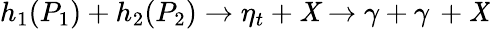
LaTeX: h_{1}(P_{1})+h_{2}(P_{2})\rightarrow\eta_{t}+\mathit{X}\rightarrow\gamma+\gamma\, +\mathit{X}